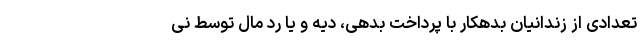
تعدادی از زندانیان بدهکار با پرداخت بدهی، دیه و یا رد مال توسط نی